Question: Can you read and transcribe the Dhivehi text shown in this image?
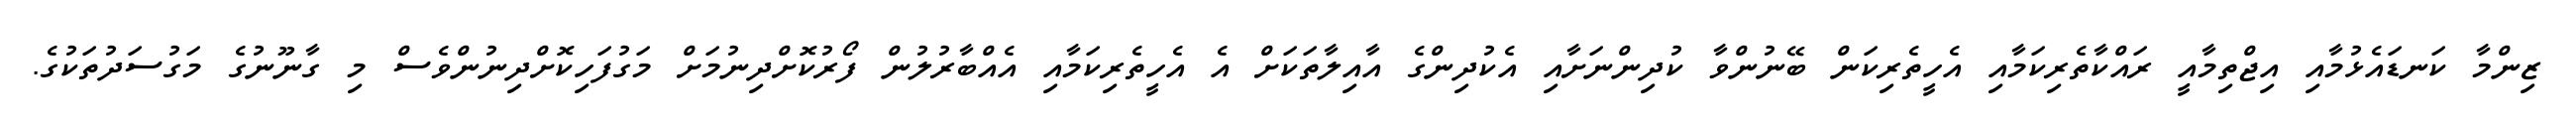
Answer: ޒިންމާ ކަނޑައެޅުމާއި އިޖްތިމާއީ ރައްކާތެރިކަމާއި އެހީތެރިކަން ބޭނުންވާ ކުދިންނަށާއި އެކުދިންގެ އާއިލާތަކަށް އެ އެހީތެރިކަމާއި އެއްބާރުލުން ފޯރުކޮށްދިނުމަށް މަގުފަހިކޮށްދިނުންވެސް މި ގާނޫނުގެ މަގުސަދުތަކުގެ.